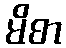
မိစာ